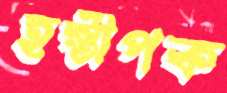
হস্তীপক